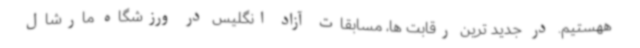
ههستیم. در جدید ترین رقابت ها، مسابقات آزاد انگلیس در ورزشگاه مارشال